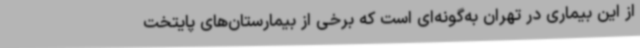
از این بیماری در تهران به‌گونه‌ای است که برخی از بیمارستان‌های پایتخت